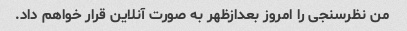
من نظرسنجی را امروز بعدازظهر به صورت آنلاین قرار خواهم داد.